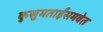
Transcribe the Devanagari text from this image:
कुसुमताईंसमवेत